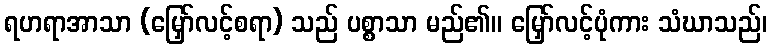
ရဟရာအာသာ (မြှော်လင့်စရာ) သည် ပစ္စာသာ မည်၏။ မြှော်လင့်ပုံကား သံဃာသည်၊